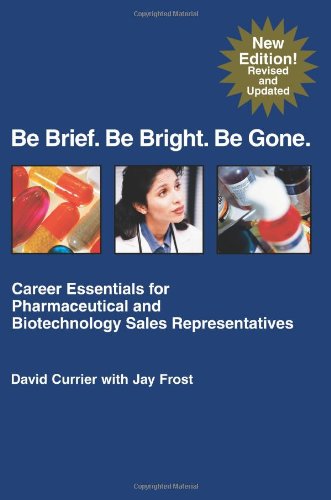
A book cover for Be Brief. Be Bright. Be Gone.: Career Essentials for Pharmaceutical and Biotechnology Sales Representatives; Jay Frost; Science & Math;